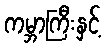
ကမ္ဘာကြီးနှင့်